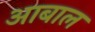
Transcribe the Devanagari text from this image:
आबाल